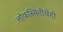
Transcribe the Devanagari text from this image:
लोकस्थितीचेही